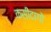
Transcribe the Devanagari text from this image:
कसीदागो